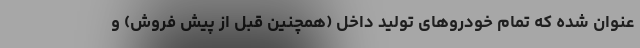
عنوان شده که تمام خودروهای تولید داخل (همچنین قبل از پیش فروش) و